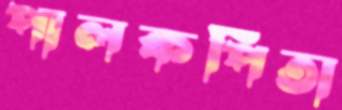
পালকপিতা